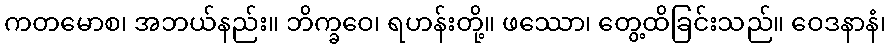
ကတမောစ၊ အဘယ်နည်း။ ဘိက္ခဝေ၊ ရဟန်းတို့။ ဖဿော၊ တွေ့ထိခြင်းသည်။ ဝေဒနာနံ၊